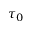
\tau _ { 0 }